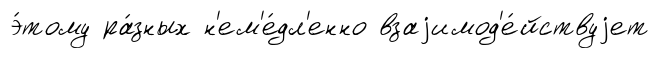
э́тому ра́зных н'ем'е́дл'енно взаjимод'е́йствуjет